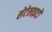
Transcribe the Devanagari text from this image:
सेटेलाइटों